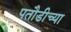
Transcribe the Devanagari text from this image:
पतौडीच्या